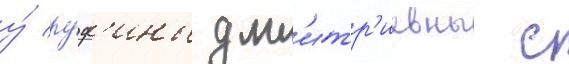
у́ руф'ины дм'итр'иевны с